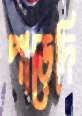
পাড়েদি